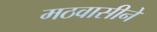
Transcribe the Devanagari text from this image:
मठवासीने